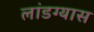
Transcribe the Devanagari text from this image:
लांडग्यास